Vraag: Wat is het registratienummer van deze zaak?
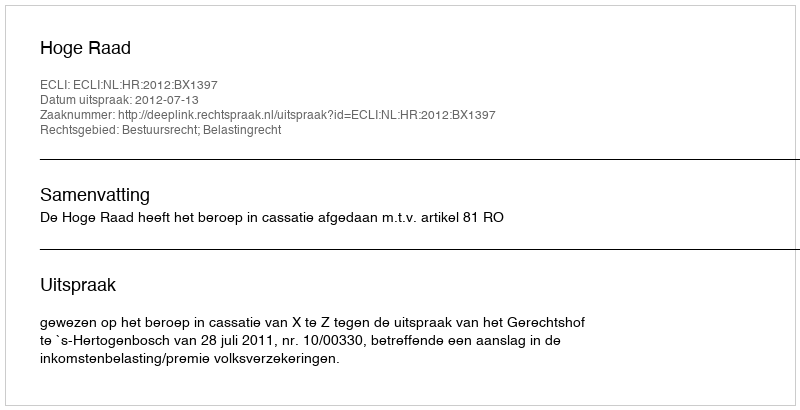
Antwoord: http://deeplink.rechtspraak.nl/uitspraak?id=ECLI:NL:HR:2012:BX1397